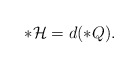
\begin{align*}\ast\mathcal{H}=d(\ast{Q}).\end{align*}